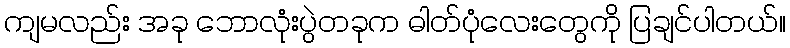
ကျမလည်း အခု ဘောလုံးပွဲတခုက ဓါတ်ပုံလေးတွေကို ပြချင်ပါတယ်။